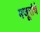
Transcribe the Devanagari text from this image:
मजूरांचे